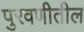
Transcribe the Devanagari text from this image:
पुरवणीतील